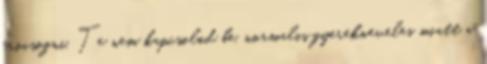
frocsogni. Te nem kapcsolod be, normalis gyerekneveles miatt a